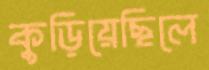
কুড়িয়েছিলে